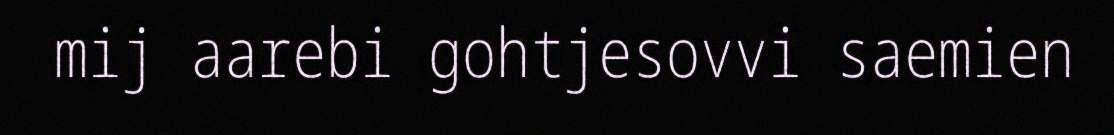
mij aarebi gohtjesovvi saemien